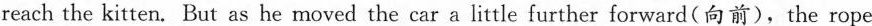
reach the kitten.But as he moved the car a little further forward(向前),the rope